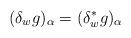
LaTeX: \begin{align*}(\delta_w g)_\alpha = (\delta^*_w g)_\alpha\end{align*}